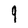
Character: 9